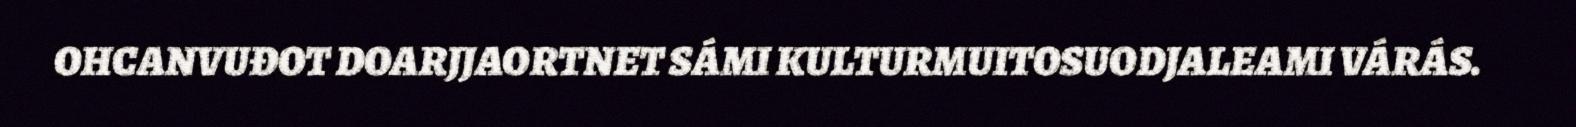
OHCANVUĐOT DOARJJAORTNET SÁMI KULTURMUITOSUODJALEAMI VÁRÁS.